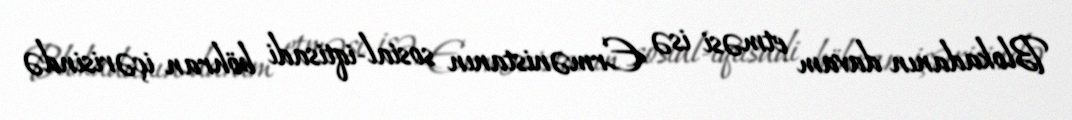
Blokadanın davam etməsi isə Ermənistanın sosial-iqtisadi böhran içərisində